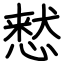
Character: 慭